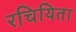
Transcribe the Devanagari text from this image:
रचियिता